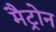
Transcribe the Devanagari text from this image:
मैट्रोन